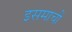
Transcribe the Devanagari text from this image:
इसमाची